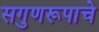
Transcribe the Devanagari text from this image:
सगुणरूपाचे